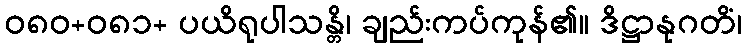
ဝ၈၀+၀၈၁+ ပယိရုပါသန္တိ၊ ချည်းကပ်ကုန်၏။ ဒိဋ္ဌာနုဂတိံ၊